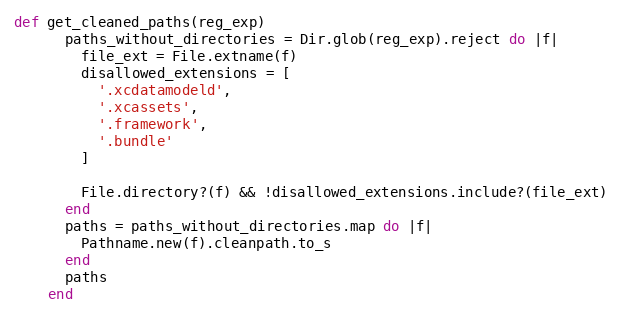
Language: Ruby
def get_cleaned_paths(reg_exp)
      paths_without_directories = Dir.glob(reg_exp).reject do |f|
        file_ext = File.extname(f)
        disallowed_extensions = [
          '.xcdatamodeld',
          '.xcassets',
          '.framework',
          '.bundle'
        ]

        File.directory?(f) && !disallowed_extensions.include?(file_ext)
      end
      paths = paths_without_directories.map do |f|
        Pathname.new(f).cleanpath.to_s
      end
      paths
    end